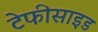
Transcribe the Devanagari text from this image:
टेफीसाइड